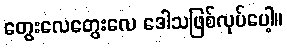
တွေးလေတွေးလေ ဒေါသဖြစ်လုပ်ပေါ့။